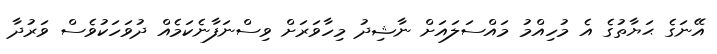
އޭނަގެ ޙަޔާތުގެ އެ މުހިއްމު މައްސަލައަށް ނާޝިދު މިހާވަރަށް ވިސްނަފާނެކަމެއް ދުވަހަކުވެސް ވަރުދާ